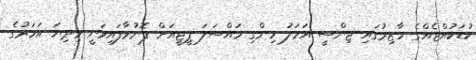
ކުޑަކުއްޖެއްގެ ހާޒިރުގައި ޖިންސީ އަމަލު ހިންގި މައްސަލަ ޕީޖީއަށް ފޮނުވާފައިވަނީ މިދިޔަ އަހަރުގެ